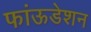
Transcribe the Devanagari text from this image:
फांऊडेशन